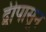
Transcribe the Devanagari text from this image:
द्वीपासून